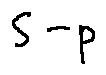
S - p